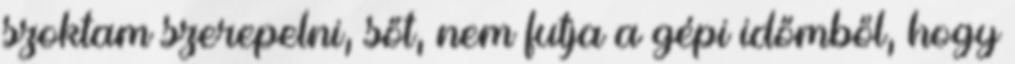
szoktam szerepelni, sőt, nem futja a gépi időmből, hogy